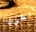
انطون